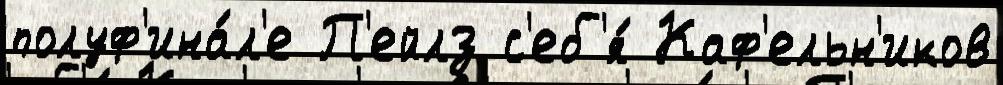
полуф'ина́л'е П'ейлз с'еб'я́ Каф'ельн'иков